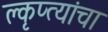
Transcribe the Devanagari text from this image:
क्लृप्त्यांचा